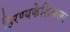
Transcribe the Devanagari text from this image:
हिरण्यकेशिकल्प